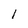
Character: l